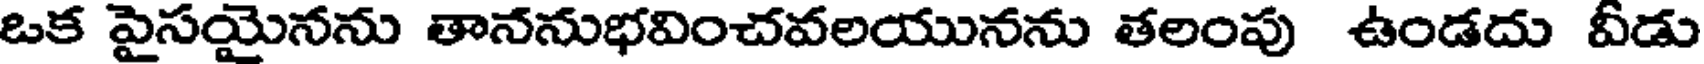
ఒక పైసయైనను తాననుభవించవలయునను తలంపు ఉండదు వీడు